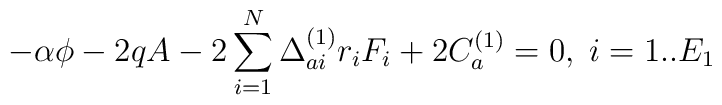
-\alpha\phi-2qA-2\sum_{i=1}^N\Delta_{ai}^{(1)}r_iF_i+2C_a^{(1)}=0,\;i=1..E_1